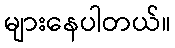
များနေပါတယ်။